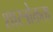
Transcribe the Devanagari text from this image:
शास्त्रोक्तता